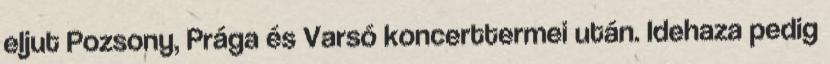
eljut Pozsony, Prága és Varsó koncerttermei után. Idehaza pedig